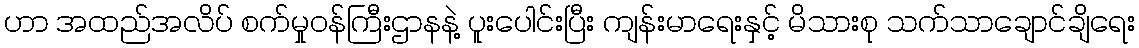
ဟာ အထည်အလိပ် စက်မှုဝန်ကြီးဌာနနဲ့ ပူးပေါင်းပြီး ကျန်းမာရေးနှင့် မိသားစု သက်သာချောင်ချိရေး